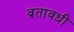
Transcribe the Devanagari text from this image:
व्रतावधी